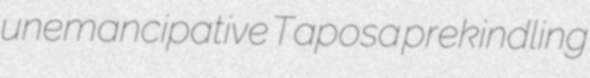
unemancipative Taposa prekindling